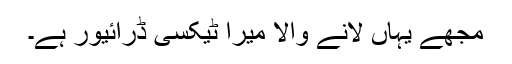
مجھے یہاں لانے والا میرا ٹیکسی ڈرائیور ہے۔